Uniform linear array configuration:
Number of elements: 4
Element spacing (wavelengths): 0.25
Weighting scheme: hann
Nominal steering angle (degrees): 45
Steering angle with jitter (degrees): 44.629
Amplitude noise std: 0.05
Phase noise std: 0.05

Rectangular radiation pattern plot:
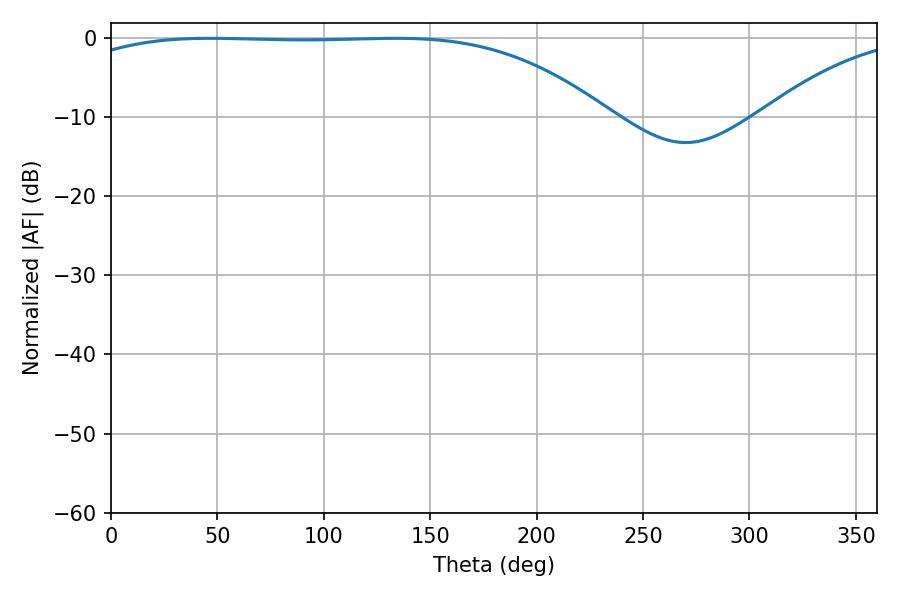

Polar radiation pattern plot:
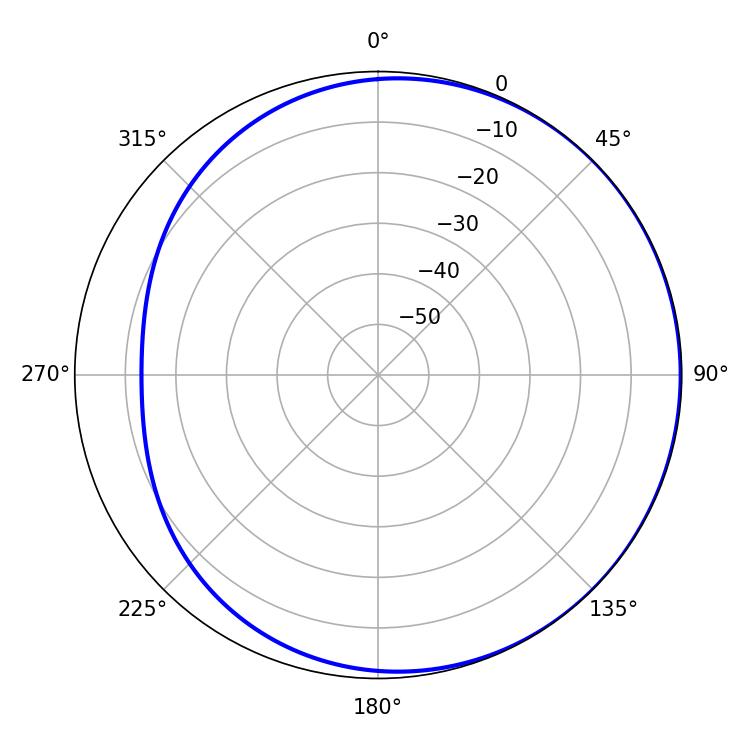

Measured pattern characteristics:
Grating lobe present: FALSE
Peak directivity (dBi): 0.9293
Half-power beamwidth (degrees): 195.84
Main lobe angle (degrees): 46.62